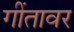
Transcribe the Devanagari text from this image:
गींतावर